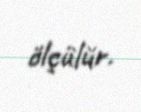
ölçülür.